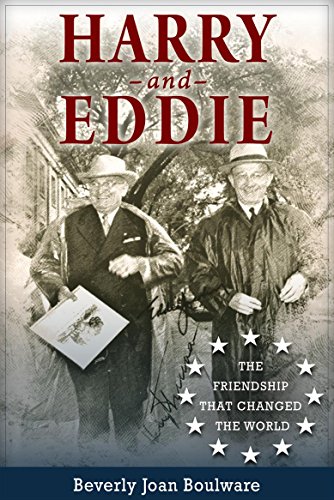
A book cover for Harry and Eddie: The Friendship That Changed the World; Beverly Joan Boulware; Children's Books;